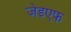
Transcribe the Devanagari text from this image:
जेडएफ